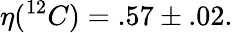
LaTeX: \eta(^{12}C)=.57\pm.02.